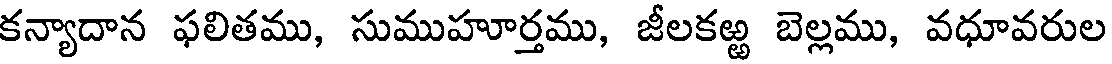
కన్యాదాన ఫలితము, సుముహూర్తము, జీలకఱ్ఱ బెల్లము, వధూవరుల